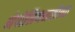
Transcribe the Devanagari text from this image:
नेपोलियनसोबत